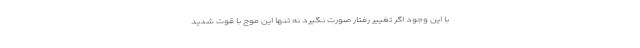
با این وجود اگر تغییر رفتار صورت نگیرد نه تنها این موج با قوت شدید